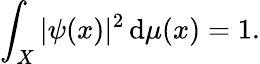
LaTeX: \int_{X}|\psi(x)|^{2}\, \mathrm{d}\mu(x)=1.